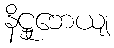
နိဋ္ဌုဘေယျ